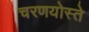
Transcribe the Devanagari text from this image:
चरणयोस्ते